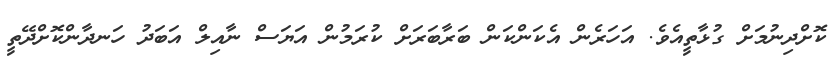
ކޮށްދިނުމަށް ގުޅާތީއެވެ. އަހަރެން އެކަންކަން ބަރާބަރަށް ކުރަމުން އަޔަސް ނާއިލް އަބަދު ހަނދާންކޮށްދޭތީ